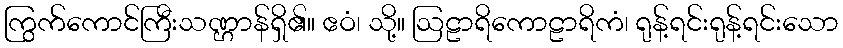
ကြွက်ကောင်ကြီးသဏ္ဌာန်ရှိ၏။ ဧဝံ၊ သို့။ ဩဠာရိကောဠာရိကံ၊ ရုန့်ရင်းရုန့်ရင်းသော